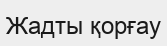
Жадты қорғау